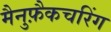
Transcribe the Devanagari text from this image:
मैनुफ़ैकचरिंग